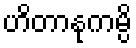
ဟိတာနုကမ္ပိ